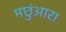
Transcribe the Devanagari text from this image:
मछुंआरा